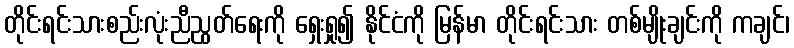
တိုင်းရင်းသားစည်းလုံးညီညွတ်ရေးကို ရှေးရှု၍ နိုင်ငံကို မြန်မာ တိုင်းရင်းသား တစ်မျိုးချင်းကို ကချင်၊